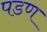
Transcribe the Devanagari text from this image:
पडण